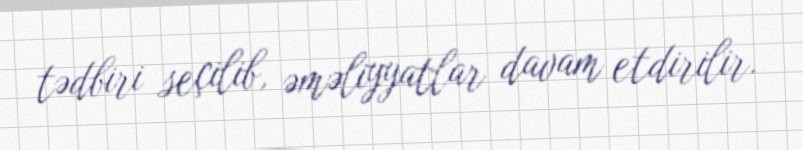
tədbiri seçilib, əməliyyatlar davam etdirilir.